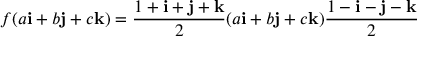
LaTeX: f ( a \mathbf { i } + b \mathbf { j } + c \mathbf { k } ) = { \frac { 1 + \mathbf { i } + \mathbf { j } + \mathbf { k } } { 2 } } ( a \mathbf { i } + b \mathbf { j } + c \mathbf { k } ) { \frac { 1 - \mathbf { i } - \mathbf { j } - \mathbf { k } } { 2 } }